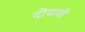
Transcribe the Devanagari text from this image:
दीपानी